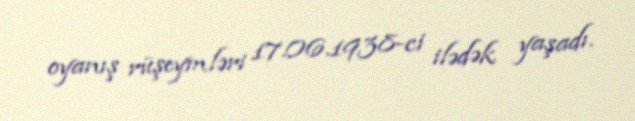
oyanış rüşeymləri 17.06.1938-ci ilədək yaşadı.